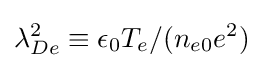
\lambda _{De}^{2}\equiv \epsilon _{0}T_{e}/(n_{e0}e^{2})